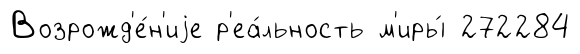
Возрожд'е́н'иjе р'еа́льность м'иры́ 272284